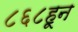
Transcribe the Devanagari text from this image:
८६८हून